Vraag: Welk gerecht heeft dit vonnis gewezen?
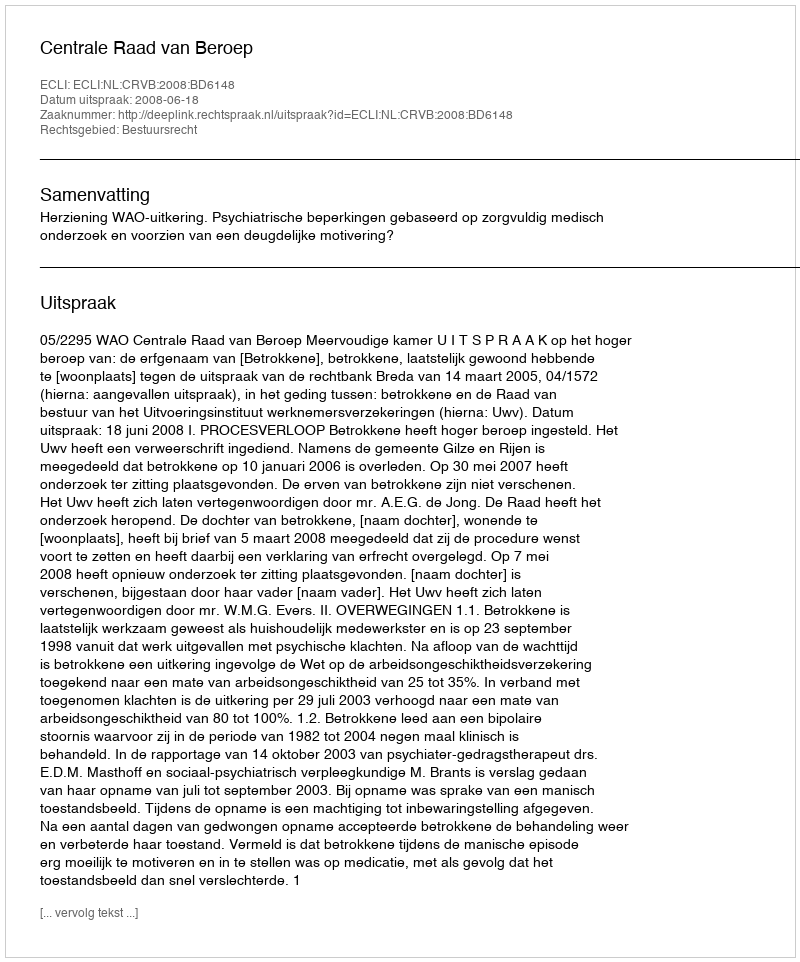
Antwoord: Centrale Raad van Beroep